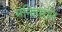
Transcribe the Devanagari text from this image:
मनिहारान